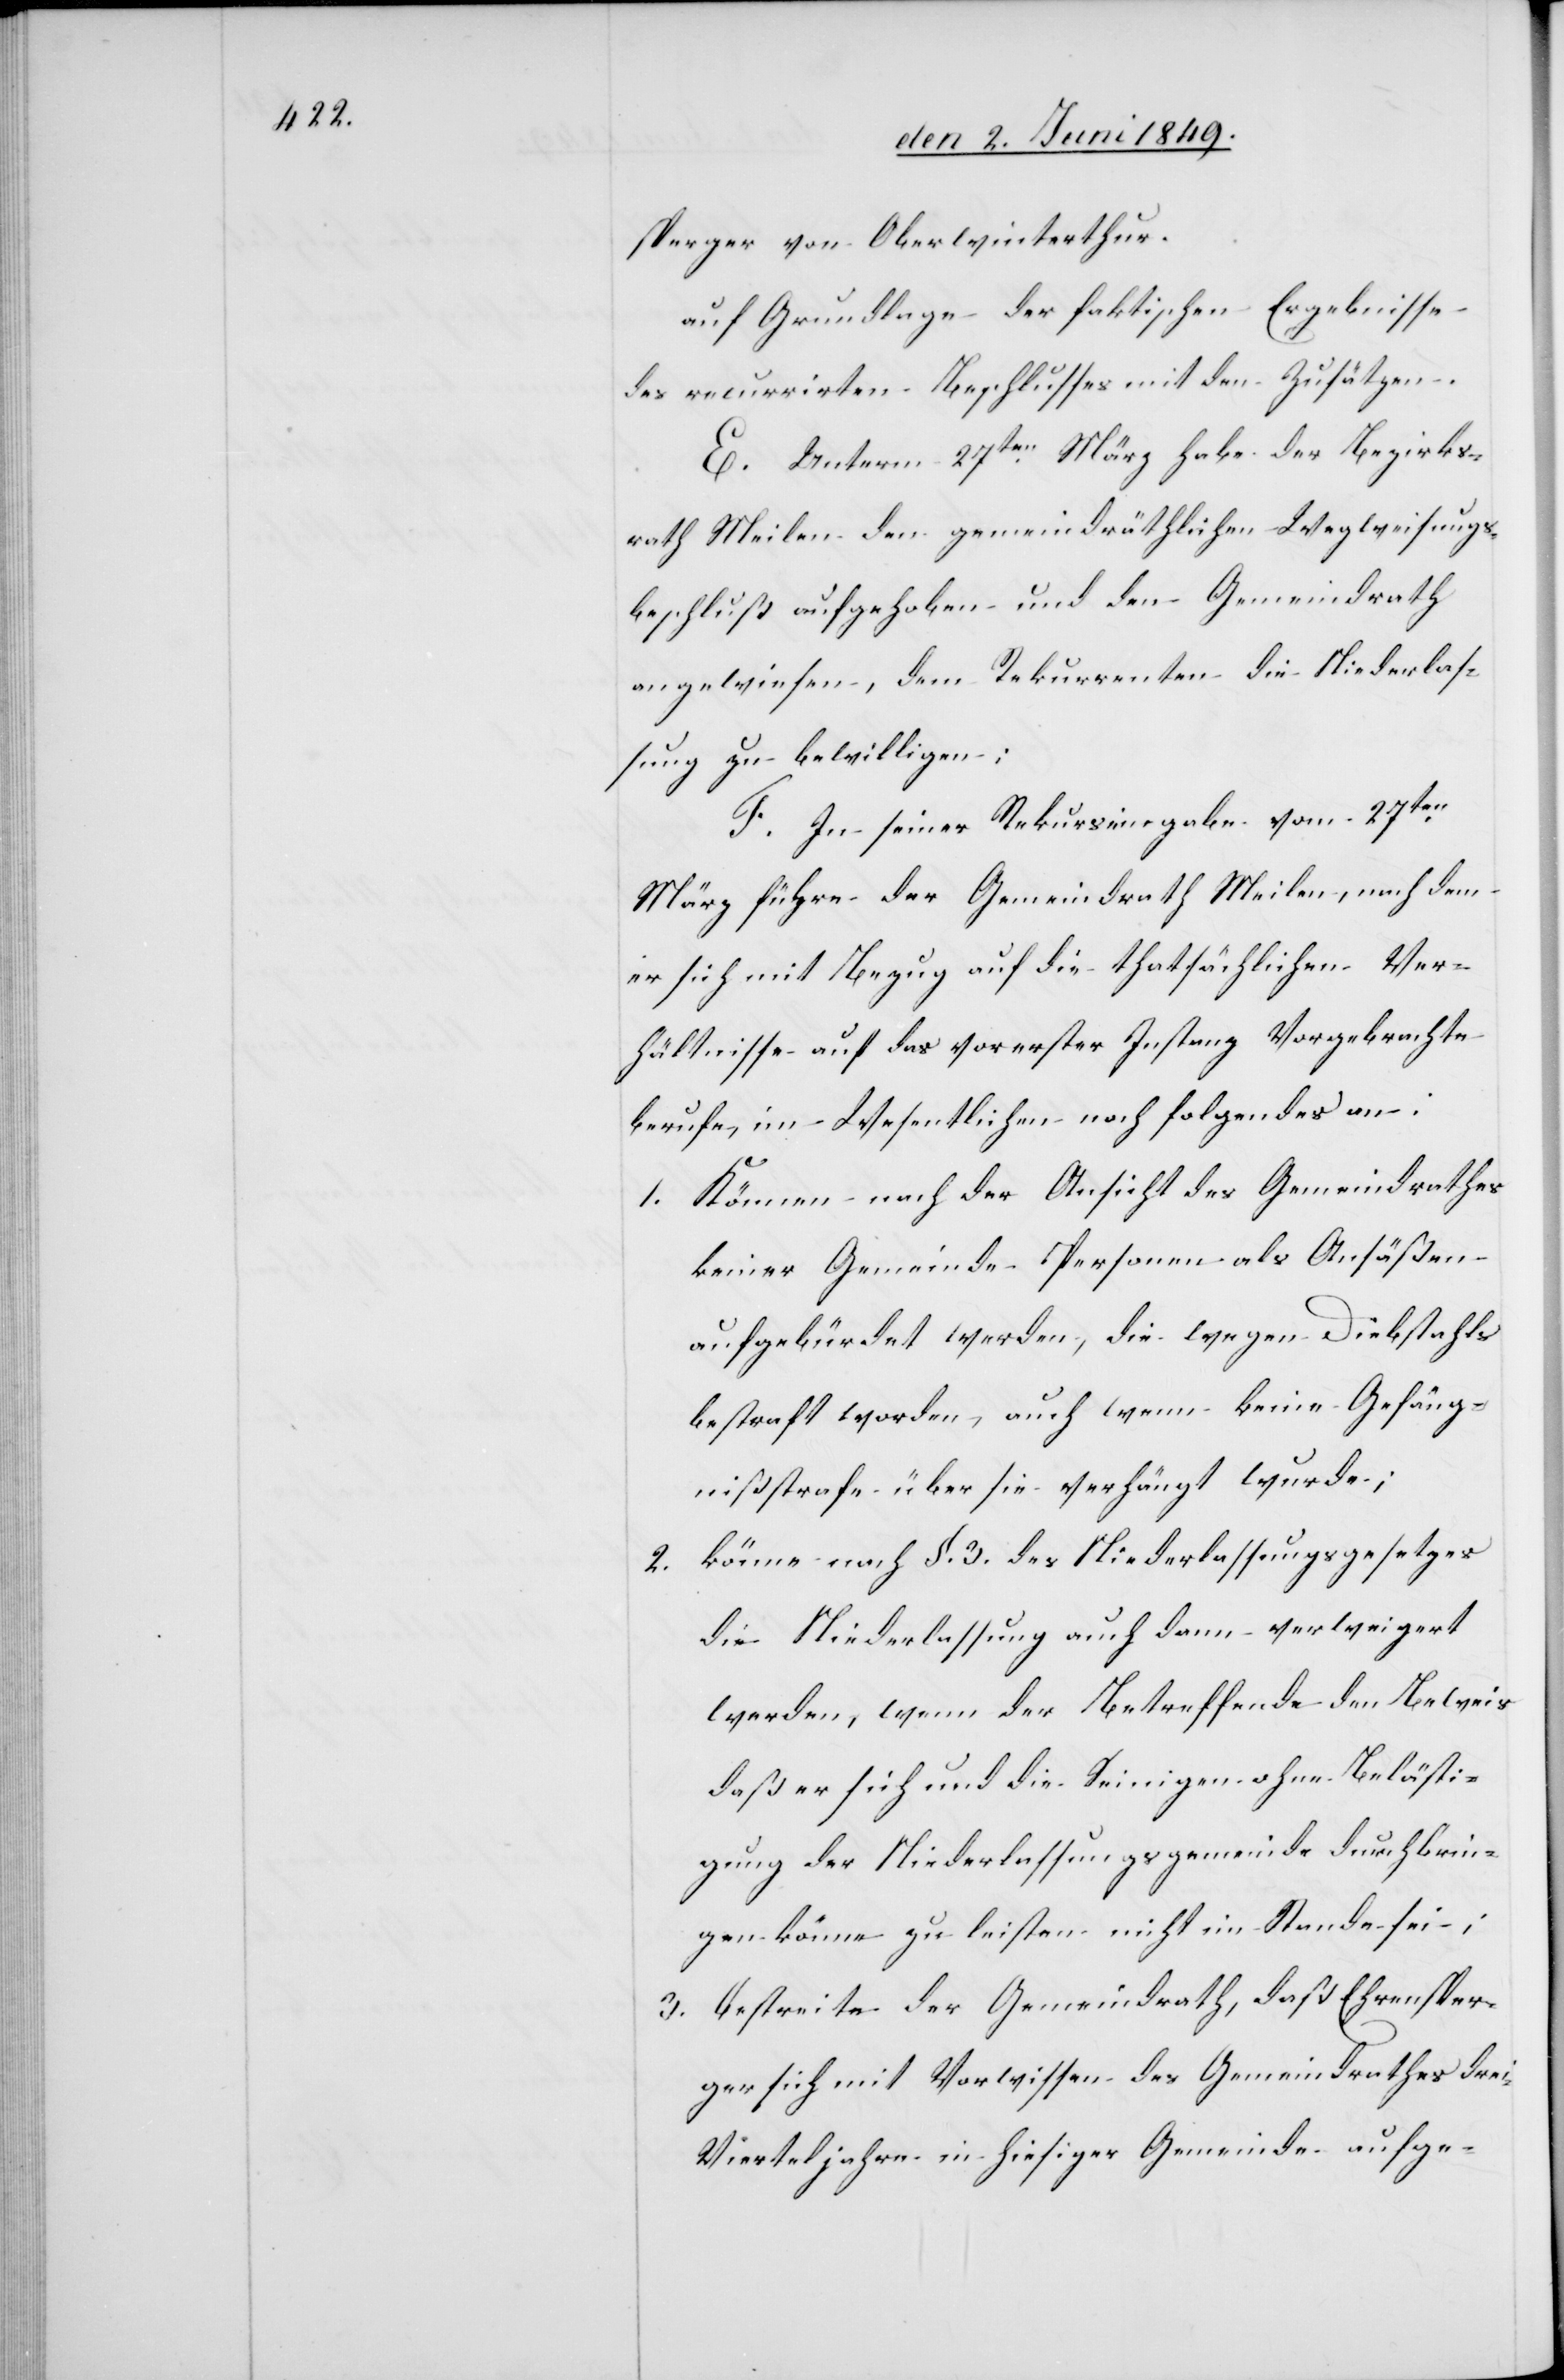
sperger von Oberwinterthur.
auf Grundlage der faktischen Ergebnisse
des recurrirten Beschlusses mit den Zusätzen.
E. Unterm 27ten März habe der Bezirks¬
rath Meilen den gemeindräthlichen Wegweisungs¬
beschluß aufgehoben und den Gemeindrath
angewiesen, dem Rekurrenten die Niederlas¬
sung zu bewilligen:
F. In seiner Rekurseingabe vom 27ten
März führe der Gemeindrath Meilen, nach dem
er sich mit Bezug auf die thatsächlichen Ver¬
hältnisse auf das vor erster Instanz Vorgebrachte
berufe, im Wesentlichen noch folgendes an:
1. Können nach der Ansicht des Gemeindrathes
keiner Gemeinde Personen als Ansäßen
aufgebürdert werden, die wegen Diebstahls
bestraft worden, auch wenn keine Gefäng¬
nißstrafe über sie verhängt wurde;
2. könne nach §. 3. des Niederlassungsgesetzes
die Niederlassung auch dann verweigert
werden, wenn der Betreffende den Beweis
daß er sich und die Seinigen ohne Belästi¬
gung der Niederlassungsgemeinde durch brin¬
gen könne zu leisten nicht im Stande sei;
3. Bestreite der Gemeindrath, daß Ehrensper¬
ger sich mit Vorwissen des Gemeindrathes Dre¬
i-Vierteljahre in hiesiger Gemeinde aufge-